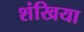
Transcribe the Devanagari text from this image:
शंखिया